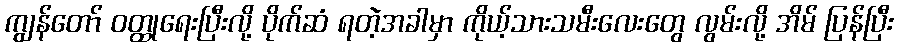
ကျွန်တော် ဝတ္ထုရေးပြီးလို့ ပိုက်ဆံ ရတဲ့အခါမှာ ကိုယ့်သားသမီးလေးတွေ လွမ်းလို့ အိမ် ပြန်ပြီး